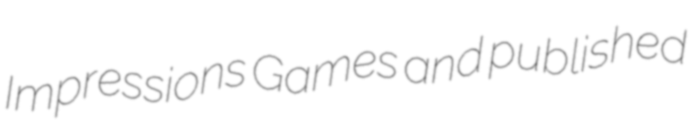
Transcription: Impressions Games and published